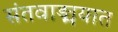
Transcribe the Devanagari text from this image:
संतवाङ्मयात